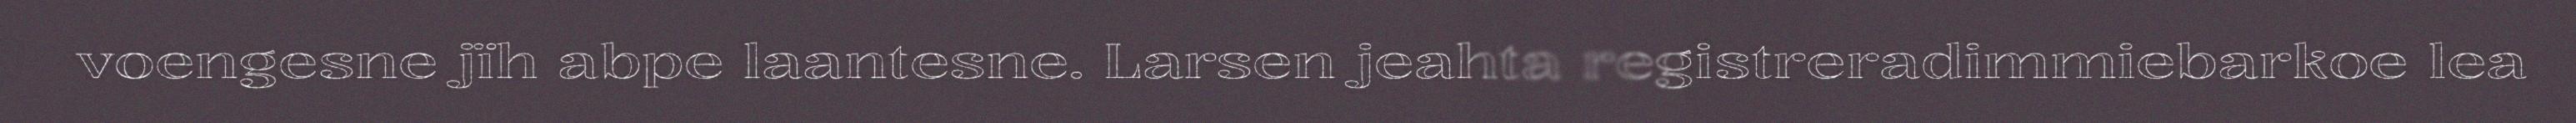
voengesne jïh abpe laantesne. Larsen jeahta registreradimmiebarkoe lea